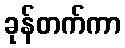
ခုန်တက်ကာ